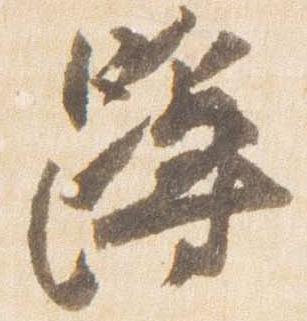
蹲